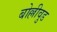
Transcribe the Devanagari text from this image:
बोल्लीवुड